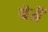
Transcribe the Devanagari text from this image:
पेतें